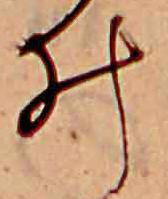
ゐ